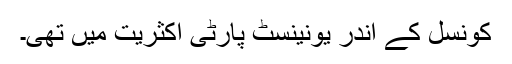
کونسل کے اندر یونینسٹ پارٹی اکثریت میں تھی۔